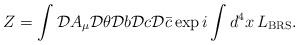
LaTeX: \begin{align*}Z = \int {\cal D}A_{\mu}{\cal D}\theta{\cal D}b{\cal D}c{\cal D}\bar{c}\exp i\int d^{4}x\, L_{\rm BRS} .\end{align*}